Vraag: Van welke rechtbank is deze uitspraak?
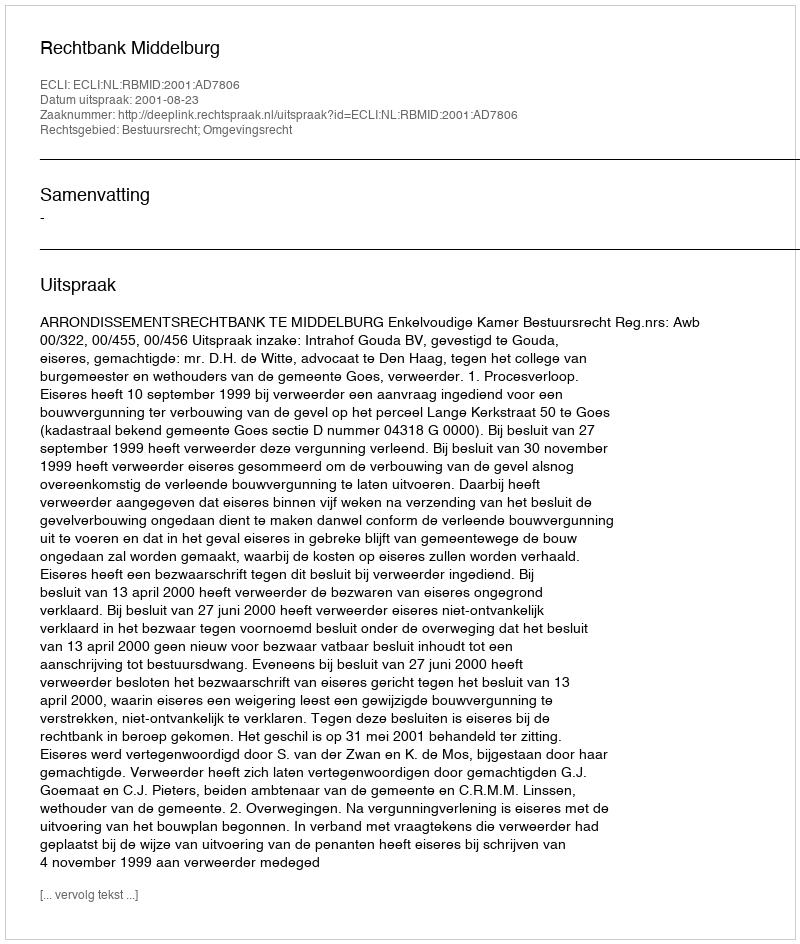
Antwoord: Rechtbank Middelburg